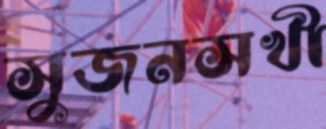
সুজনসখী